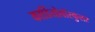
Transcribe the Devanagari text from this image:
कार्डियोवॉस्कुलर